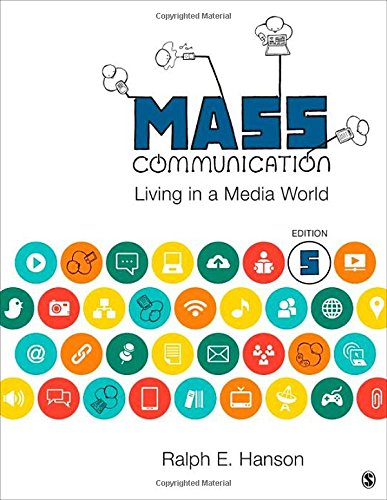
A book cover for Mass Communication: Living in a Media World; Ralph E. Hanson; Politics & Social Sciences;